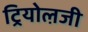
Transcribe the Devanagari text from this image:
ट्रियोल़जी